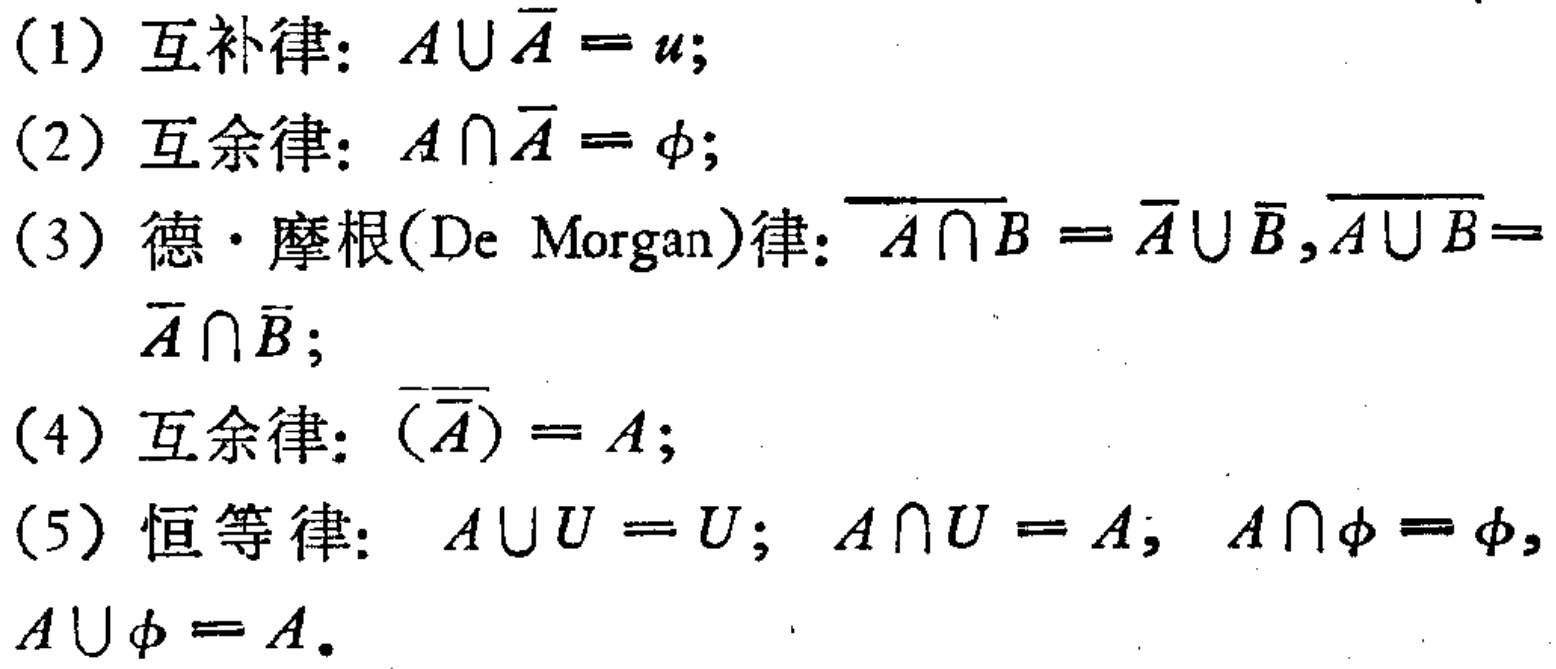
(1) 互补律：$A\cup \overline{A} = u$;

(2) 互余律：$A\cap \overline{A} = \phi$;

(3) 德·摩根(De Morgan)律：$\overline{A\cap B} = \overline{A}\cup \overline{B},\overline{A\cup B} = \overline{A}\cap \overline{B}$;

(4) 互余律：$\overline{(\overline{A})} = A$;

(5) 恒等律：$A\cup U = U$; $A\cap U = A$; $A\cap \phi = \phi$, $A\cup \phi = A$.